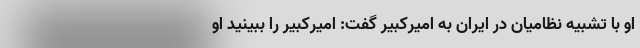
او با تشبیه نظامیان در ایران به امیرکبیر گفت: امیرکبیر را ببینید او